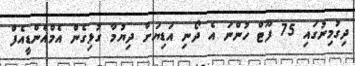
ދިގުމިނުގައި 75 ފޫޓް ހުންނަ އެ ދޯނި އަޑިޔަށް ދިޔުމާ ގުޅިގެން އެމްއެންޑީއެފް